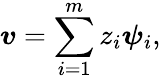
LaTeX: \boldsymbol{v}=\sum_{i=1}^{m}z_{i}\boldsymbol{\psi}_{i},